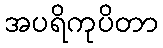
အပရိကုပိတာ